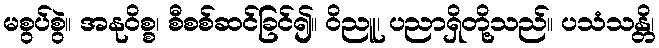
မစွပ်စွဲ။ အနုဝိစ္စ၊ စီစစ်ဆင်ခြင်၍။ ဝိညူ၊ ပညာရှိတို့သည်။ ပသံသန္တိ၊